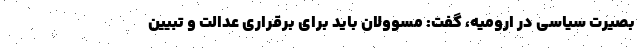
بصیرت سیاسی در ارومیه، گفت: مسوولان باید برای برقراری عدالت و تبیین